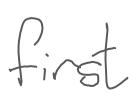
Text: first
Cross-out: clean
Writing tool: digital_gray